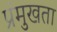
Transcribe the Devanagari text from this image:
प्रंमुखता